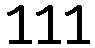
111